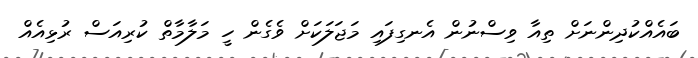
ބައެއްކުދިންނަށް ތިއާ ވިސްނުން އެނގިފައި މަޖަލަކަށް ވެގެން ހީ މަލާމާތް ކުރިއަސް ރުޅިއެއް